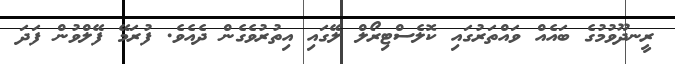
ރީނދޫވުމުގެ ބައެއް ވައްތަރުގައި ކޮލެސްޓިރޯލް ލޭގައި އިތުރުވެގެން ދެއެވެ. ފުރަމޭ ފޭލްވުން ފަދަ